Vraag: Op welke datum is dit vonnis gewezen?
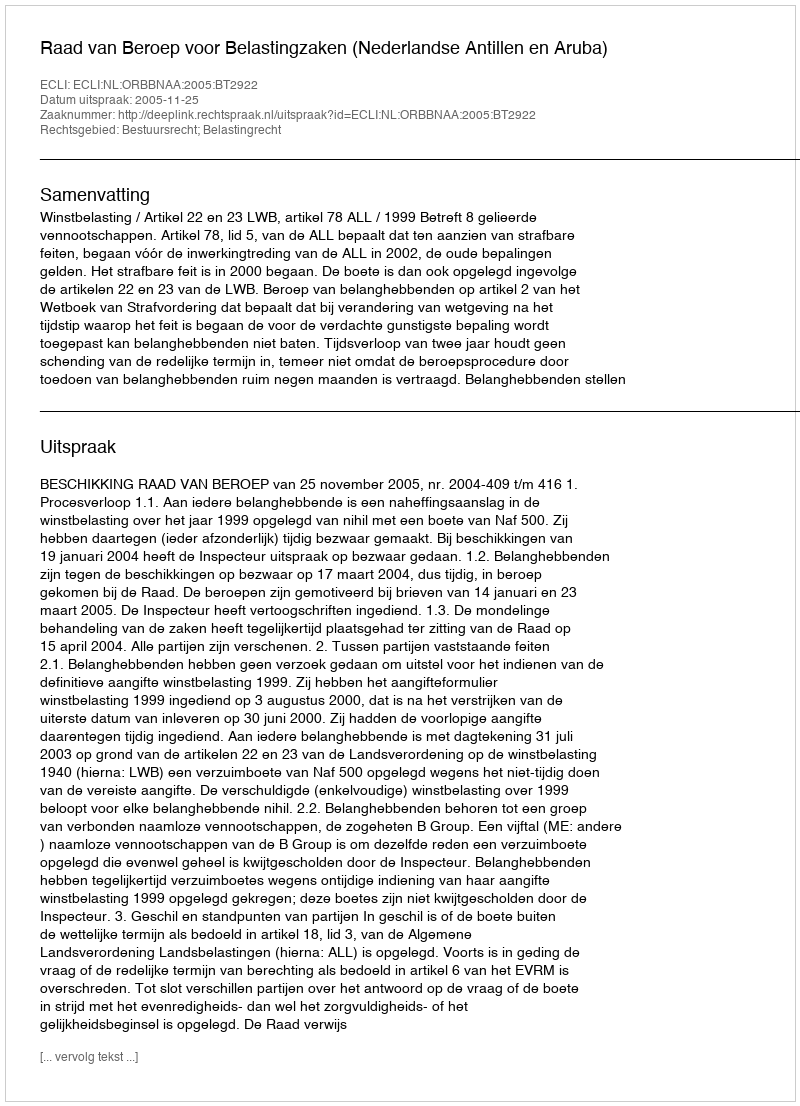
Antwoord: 2005-11-25